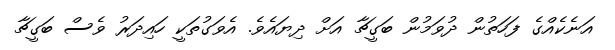
އަނެކެއްގެ ފަހަތުން ދުވަމުން ބަގީޗާ އަށް ދިޔައެވެ. އެވަގުތަކީ ހައިދަރު ވެސް ބަގީޗާ